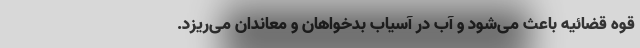
قوه قضائیه باعث می‌شود و آب در آسیاب بدخواهان و معاندان می‌ریزد.